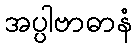
အပ္ပါဗာဓာနံ